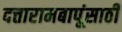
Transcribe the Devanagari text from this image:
दत्तारामबापूंसाठी